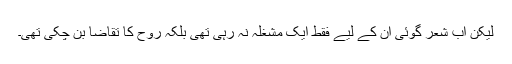
لیکن اب شعر گوئی ان کے لیے فقط ایک مشغلہ نہ رہی تھی بلکہ روح کا تقاضا بن چکی تھی۔